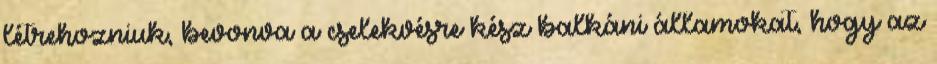
létrehozniuk, bevonva a cselekvésre kész balkáni államokat, hogy az